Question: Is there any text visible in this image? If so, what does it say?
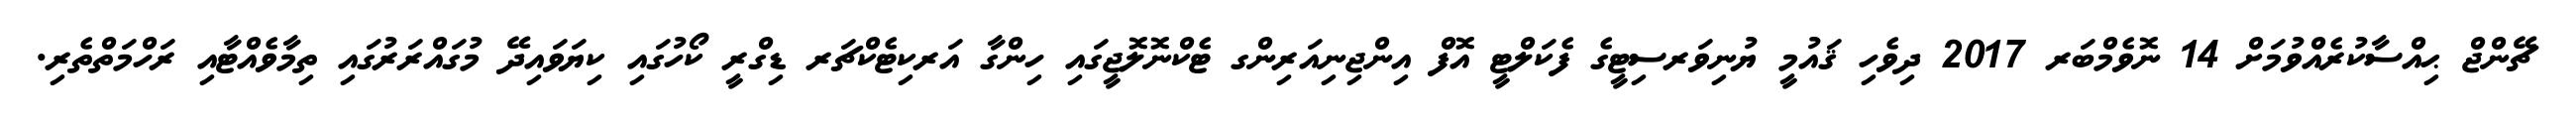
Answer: ޗޭންޖް ޙިއްސާކުރެއްވުމަށް 14 ނޮވެމްބަރ 2017 ދިވެހި ޤައުމީ ޔުނިވަރސިޓީގެ ފެކަލްޓީ އޮފް އިންޖިނިއަރިންގ ޓެކްނޮލޮޖީގައި ހިންގާ އަރކިޓެކްޗަރ ޑިގްރީ ކޯހުގައި ކިޔަވައިދޭ މުގައްރަރުގައި ތިމާވެއްޓާއި ރަހްމަތްތެރި.